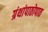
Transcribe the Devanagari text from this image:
ग्रंथांपाठोपाठ